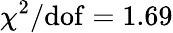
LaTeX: \chi^{2}/\mathrm{dof}=1.69